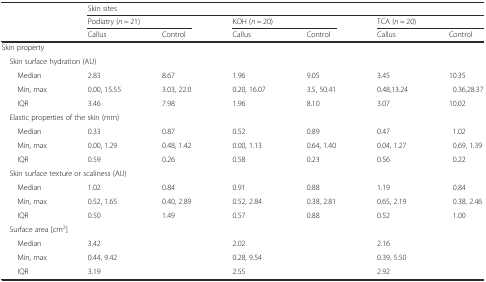
<table><thead><tr><td rowspan="3"></td><td colspan="6"><b>Skin sites</b></td></tr><tr><td colspan="2"><b>Podiatry (<i>n</i> = 21)</b></td><td colspan="2"><b>KOH (<i>n</i> = 20)</b></td><td colspan="2"><b>TCA (<i>n</i> = 20)</b></td></tr><tr><td><b>Callus</b></td><td><b>Control</b></td><td><b>Callus</b></td><td><b>Control</b></td><td><b>Callus</b></td><td><b>Control</b></td></tr></thead><tbody><tr><td colspan="7">Skin property</td></tr><tr><td colspan="7"> Skin surface hydration (AU)</td></tr><tr><td>Median</td><td>2.83</td><td>8.67</td><td>1.96</td><td>9.05</td><td>3.45</td><td>10.35</td></tr><tr><td>Min, max</td><td>0.00, 15.55</td><td>3.03, 22.0</td><td>0.20, 16.07</td><td>3.5, 50.41</td><td>0.48,13.24</td><td>0.36,28.37</td></tr><tr><td>IQR</td><td>3.46</td><td>7.98</td><td>1.96</td><td>8.10</td><td>3.07</td><td>10.02</td></tr><tr><td colspan="7"> Elastic properties of the skin (mm)</td></tr><tr><td>Median</td><td>0.33</td><td>0.87</td><td>0.52</td><td>0.89</td><td>0.47</td><td>1.02</td></tr><tr><td>Min, max</td><td>0.00, 1.29</td><td>0.48, 1.42</td><td>0.00, 1.13</td><td>0.64, 1.40</td><td>0.04, 1.27</td><td>0.69, 1.39</td></tr><tr><td>IQR</td><td>0.59</td><td>0.26</td><td>0.58</td><td>0.23</td><td>0.56</td><td>0.22</td></tr><tr><td colspan="7"> Skin surface texture or scaliness (AU)</td></tr><tr><td>Median</td><td>1.02</td><td>0.84</td><td>0.91</td><td>0.88</td><td>1.19</td><td>0.84</td></tr><tr><td>Min, max</td><td>0.52, 1.65</td><td>0.40, 2.89</td><td>0.52, 2.84</td><td>0.38, 2.81</td><td>0.65, 2.19</td><td>0.38, 2.46</td></tr><tr><td>IQR</td><td>0.50</td><td>1.49</td><td>0.57</td><td>0.88</td><td>0.52</td><td>1.00</td></tr><tr><td colspan="7"> Surface area [cm<sup>2</sup>]</td></tr><tr><td>Median</td><td>3.42</td><td></td><td>2.02</td><td></td><td>2.16</td><td></td></tr><tr><td>Min, max</td><td>0.44, 9.42</td><td></td><td>0.28, 9.54</td><td></td><td>0.39, 5.50</td><td></td></tr><tr><td>IQR</td><td>3.19</td><td></td><td>2.55</td><td></td><td>2.92</td><td></td></tr></tbody></table>